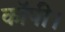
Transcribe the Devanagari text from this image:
कॉपी।